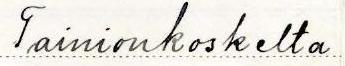
Tainionkoskelta